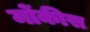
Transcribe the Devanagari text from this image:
मोंकीस